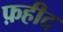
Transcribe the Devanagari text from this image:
फ़हीद